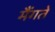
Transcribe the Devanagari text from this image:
मैंगते